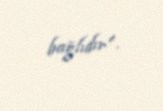
bağlıdır".